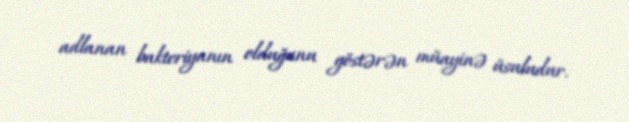
adlanan bakteriyanın olduğunu göstərən müayinə üsuludur.